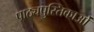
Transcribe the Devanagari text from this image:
पाठ्यपुस्तिकाओं